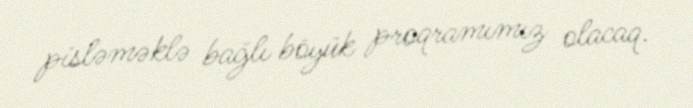
pisləməklə bağlı böyük proqramımız olacaq.